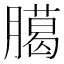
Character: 臈